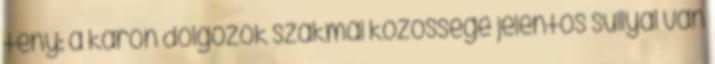
tény: a karon dolgozók szakmai közössége jelentős súllyal van